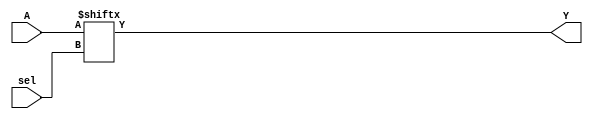
module decoder (
    output Y,
    input[3:0] A,
    input[1:0] sel
);

assign Y = A[sel];

endmodule